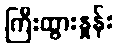
ကြီးထွားနှုန်း